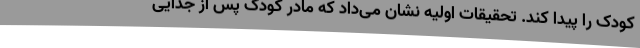
کودک را پیدا کند. تحقیقات اولیه نشان می‌داد که مادر کودک پس از جدایی